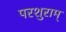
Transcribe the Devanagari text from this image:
परशुराम्